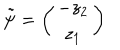
\tilde { \psi } = \left( \begin{array} { c } { { - z _ { 2 } } } \\ { { z _ { 1 } } } \\ \end{array} \right)